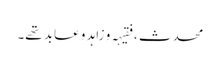
محدث ، فقیہہ و زاہد و عابد تھے۔